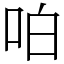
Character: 㕷